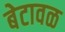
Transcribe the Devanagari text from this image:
बेटावळ